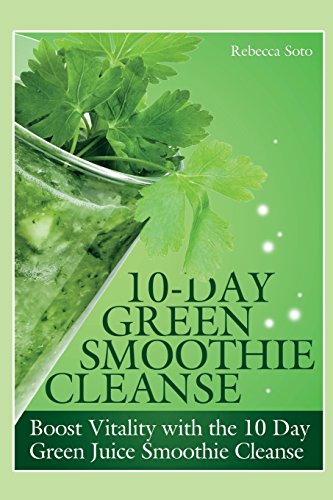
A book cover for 10-Day Green Smoothie Cleanse: Boost Vitality with the 10 Day Green Smoothie Cleanse; Rebecca Soto; Cookbooks, Food & Wine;